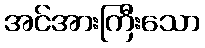
အင်အားကြီးသော